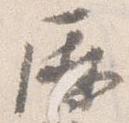
暦